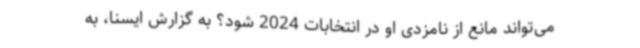
می‌تواند مانع از نامزدی او در انتخابات 2024 شود؟ به گزارش ایسنا، به